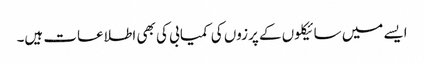
ایسے میں سائیکلوں کے پرزوں کی کمیابی کی بھی اطلاعات ہیں۔